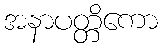
အနာပတ္တိကော